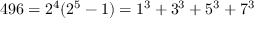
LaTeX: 4 9 6 = 2 ^ { 4 } ( 2 ^ { 5 } - 1 ) = 1 ^ { 3 } + 3 ^ { 3 } + 5 ^ { 3 } + 7 ^ { 3 }